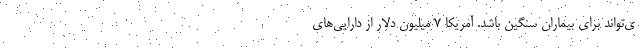
ی‌تواند برای بیماران سنگین باشد. آمریکا ۷ میلیون دلار از دارایی‌های